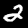
Digit: 2